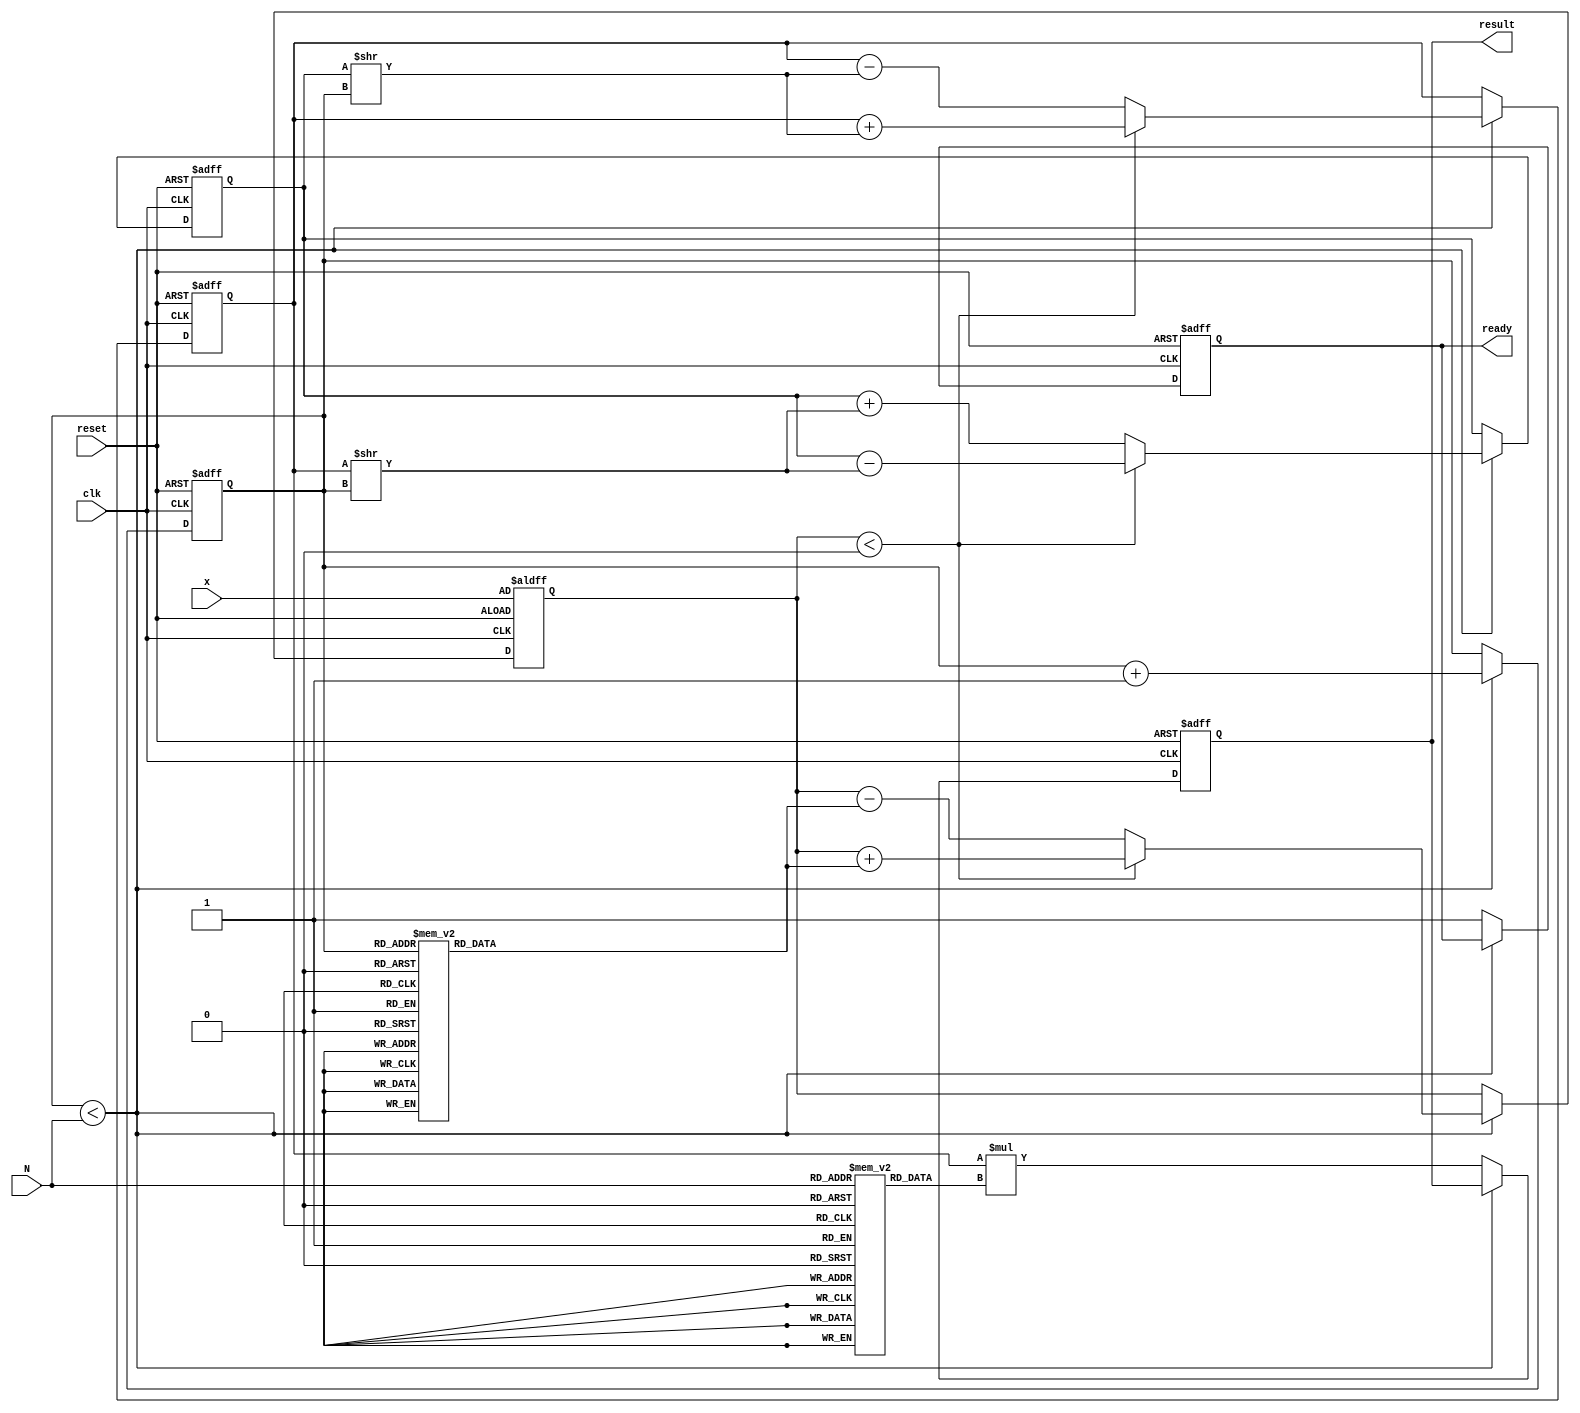
module cordic_exponential (
    input wire clk,
    input wire reset,
    input wire [15:0] x, // Input value for which e^x is calculated
    input wire [3:0] N,   // Number of iterations
    output reg [31:0] result, // Output result for e^x
    output reg ready // Signal to indicate when the result is ready
);

    // CORDIC Constants
    reg [31:0] K [0:15]; // Scaling factors for CORDIC
    reg [15:0] angle [0:15]; // Pre-computed angles for CORDIC
    reg [15:0] x_curr, y_curr, z_curr; // Current values of x, y, and z
    reg [3:0] iteration; // Current iteration count
    reg [31:0] temp_x, temp_y; // Temporary variables for calculations

    initial begin
        // Initialize scaling factors (K values)
        K[0] = 32'h00000000; // K0
        K[1] = 32'h00000001; // K1
        K[2] = 32'h00000001; // K2
        K[3] = 32'h00000001; // K3
        K[4] = 32'h00000001; // K4
        K[5] = 32'h00000001; // K5
        K[6] = 32'h00000001; // K6
        K[7] = 32'h00000001; // K7
        K[8] = 32'h00000001; // K8
        K[9] = 32'h00000001; // K9
        K[10] = 32'h00000001; // K10
        K[11] = 32'h00000001; // K11
        K[12] = 32'h00000001; // K12
        K[13] = 32'h00000001; // K13
        K[14] = 32'h00000001; // K14
        K[15] = 32'h00000001; // K15

        // Initialize angles (in radians, scaled)
        angle[0] = 16'h0000; // Angle 0
        angle[1] = 16'h0001; // Angle 1
        angle[2] = 16'h0002; // Angle 2
        angle[3] = 16'h0003; // Angle 3
        angle[4] = 16'h0004; // Angle 4
        angle[5] = 16'h0005; // Angle 5
        angle[6] = 16'h0006; // Angle 6
        angle[7] = 16'h0007; // Angle 7
        angle[8] = 16'h0008; // Angle 8
        angle[9] = 16'h0009; // Angle 9
        angle[10] = 16'h000A; // Angle 10
        angle[11] = 16'h000B; // Angle 11
        angle[12] = 16'h000C; // Angle 12
        angle[13] = 16'h000D; // Angle 13
        angle[14] = 16'h000E; // Angle 14
        angle[15] = 16'h000F; // Angle 15
    end

    always @(posedge clk or posedge reset) begin
        if (reset) begin
            // Reset state
            x_curr <= 32'h00000001; // Initial x value (1)
            y_curr <= 32'h00000000; // Initial y value (0)
            z_curr <= x; // Input value
            iteration <= 0; // Start from iteration 0
            result <= 0;
            ready <= 0;
        end else if (iteration < N) begin
            // CORDIC iteration
            if (z_curr < 0) begin
                // Counter-clockwise rotation
                temp_x = x_curr + (y_curr >> iteration);
                temp_y = y_curr - (x_curr >> iteration);
                z_curr = z_curr + angle[iteration];
            end else begin
                // Clockwise rotation
                temp_x = x_curr - (y_curr >> iteration);
                temp_y = y_curr + (x_curr >> iteration);
                z_curr = z_curr - angle[iteration];
            end
            
            // Update current x and y
            x_curr <= temp_x;
            y_curr <= temp_y;
            iteration <= iteration + 1;
        end else begin
            // Final scaling
            result <= x_curr * K[N]; // Apply scaling factor
            ready <= 1; // Indicate result is ready
        end
    end
endmodule